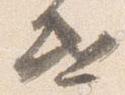
遣